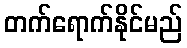
တက်ရောက်နိုင်မည်